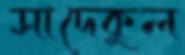
সাদেকুল